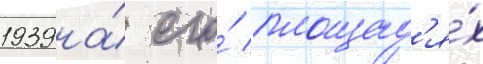
1939 на́ его́ площад'я́х